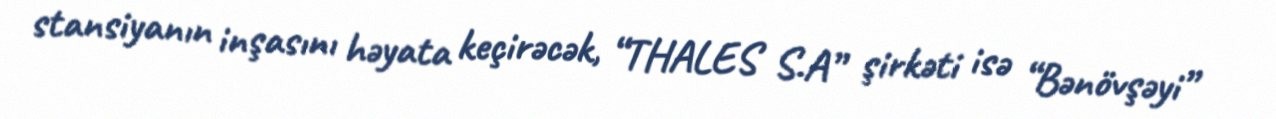
stansiyanın inşasını həyata keçirəcək, “THALES S.A” şirkəti isə “Bənövşəyi”